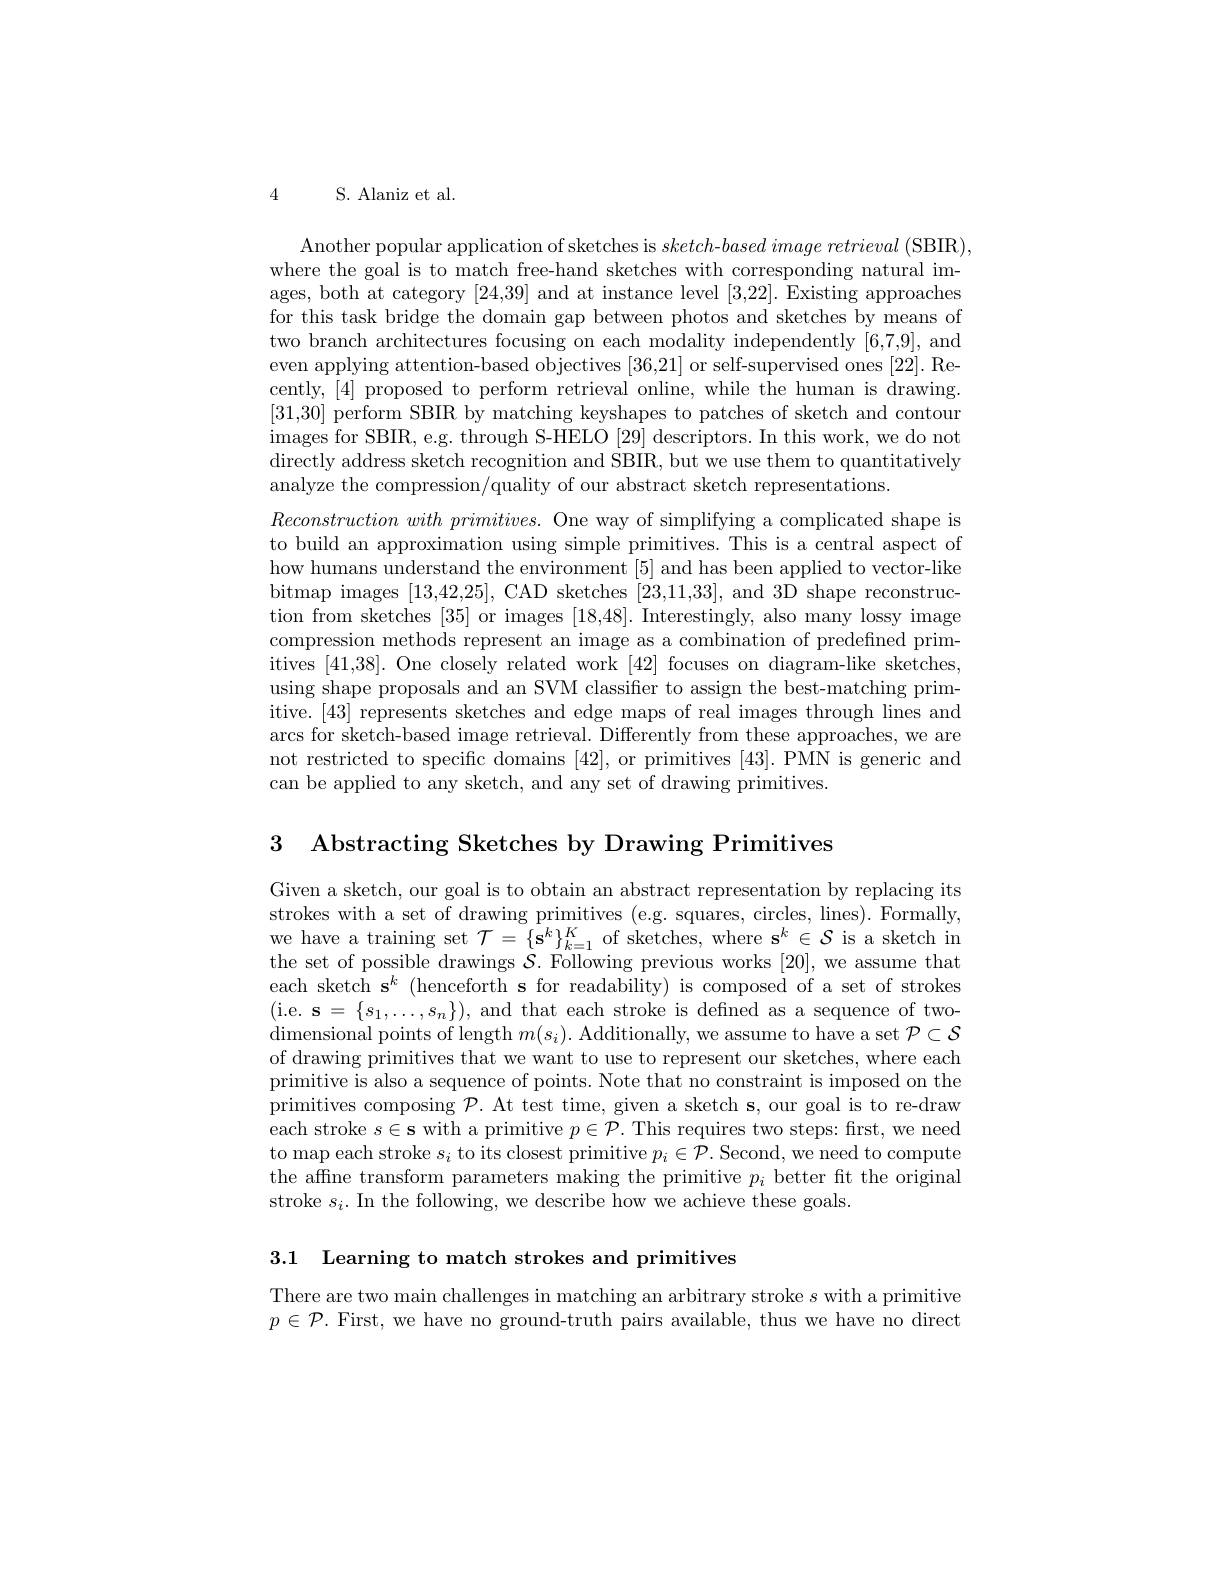
4 S. Alaniz et al.

Another popular application of sketches is $sketch- basedimage\textit{retrieval ( SBIR) , }$ where the goal is to match free-hand sketches with corresponding natural images, both at category [24,39] and at instance level [3,22]. Existing approaches for this task bridge the domain gap between photos and sketches by means of two branch architectures focusing on each modality independently [6,7,9], and even applying attention-based objectives [36,21] or self-supervised ones [22]. Recently, [4] proposed to perform retrieval online, while the human is drawing. [31,30] perform SBIR by matching keyshapes to patches of sketch and contour images for SBIR, e.g. through S-HELO [29] descriptors. In this work, we do not directly address sketch recognition and SBIR, but we use them to quantitatively analyze the compression/quality of our abstract sketch representations.
$Reconstructionwith\textit{ primitives. One way of simplifying a complicated shape is}$ to build an approximation using simple primitives. This is a central aspect of how humans understand the environment [5] and has been applied to vector-like bitmap images [13,42,25], CAD sketches [23,11,33], and 3D shape reconstruction from sketches [35] or images [18,48]. Interestingly, also many lossy image compression methods represent an image as a combination of predefined primitives [41,38]. One closely related work [42] focuses on diagram-like sketches, using shape proposals and an SVM classifier to assign the best-matching primitive. [43] represents sketches and edge maps of real images through lines and arcs for sketch-based image retrieval. Differently from these approaches, we are not restricted to specific domains [42], or primitives [43]. PMN is generic and can be applied to any sketch, and any set of drawing primitives.

3 Abstracting Sketches by Drawing Primitives

Given a sketch, our goal is to obtain an abstract representation by replacing its strokes with a set of drawing primitives (e.g. squares, circles, lines). Formally, we have a training set $\mathcal{T}=\{\mathbf{s}^k\}_{k=1}^K$ of sketches, where s$^k\in\mathcal{S}$ is a sketch in the set of possible drawings $\mathcal{S}.$ Following previous works [20], we assume that each sketch s$^k$ (henceforth s for readability) is composed of a set of strokes (i.e. s$=\{s_1,\ldots,s_{n}\})$,and that each stroke is defined as a sequence of twodimensional points of length $m( s_{i}) .$ Additionally, we assume to have a set $\mathcal{P}\subset\mathcal{S}$ of drawing primitives that we want to use to represent our sketches, where each primitive is also a sequence of points. Note that no constraint is imposed on the primitives composing $\mathcal{P}.$ At test time, given a sketch s, our goal is to re-draw each stroke $s\in\mathbf{s}$ with a primitive $p\in\mathcal{P}.$ This requires two steps: first, we need to map each stroke $s_i$ to its closest primitive $p_i\in\mathcal{P}.$ Second, we need to compute the affne transform parameters making the primitive $p_i$ better ft the original stroke $s_{i}.$ In the following, we describe how we achieve these goals.

3.1 Learning to match strokes and primitives

There are two main challenges in matching an arbitrary stroke $s$ with a primitive $p\in\mathcal{P}.$ First, we have no ground-truth pairs available, thus we have no direct